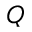
\boldsymbol { Q }